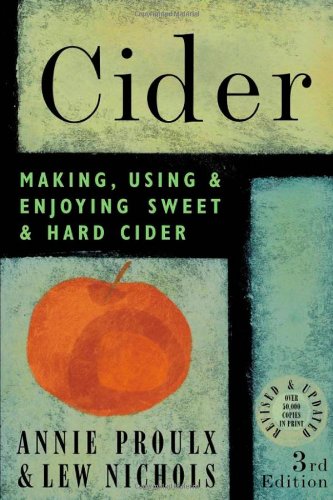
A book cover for Cider: Making, Using & Enjoying Sweet & Hard Cider, 3rd Edition; Lew Nichols; Cookbooks, Food & Wine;